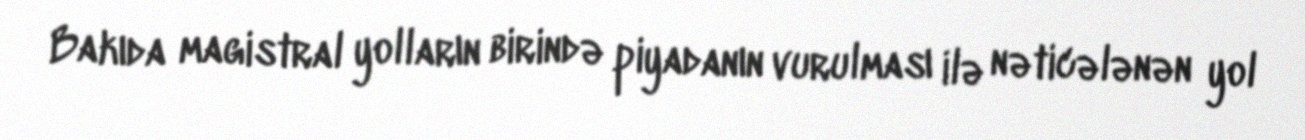
Bakıda magistral yolların birində piyadanın vurulması ilə nəticələnən yol